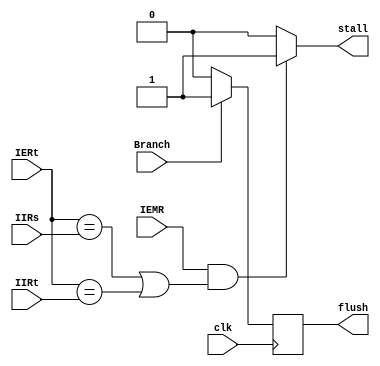
module hazard(clk, Branch, IEMR, IIRs, IERt, IIRt, flush, stall);

    input clk;
    input Branch;
    input IEMR;
    input [4:0] IIRs;
    input [4:0] IERt;
    input [4:0] IIRt;

    output reg flush;
    output reg stall;

    initial 
    begin
        stall=0;
        flush=0;
    end
    
    always @(posedge clk)begin
        if(Branch==1)flush=1;
        else flush=0;
    end

    always @(IEMR or IIRs or IERt or IIRt)begin
        if(IEMR==1
        &&((IERt==IIRs)||
        (IERt==IIRt)))stall=1;
        else stall=0;
    end

endmodule